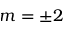
m = \pm 2